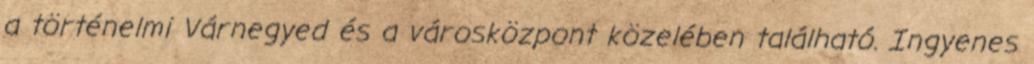
a történelmi Várnegyed és a városközpont közelében található. Ingyenes